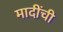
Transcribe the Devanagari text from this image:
मादींची